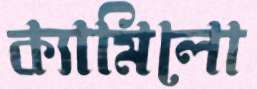
ক্যামিলো